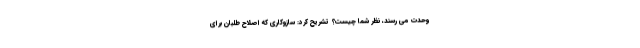
وحدت می رسند، نظر شما چیست؟ تشریح کرد: سازوكاري كه اصلاح طلبان براي